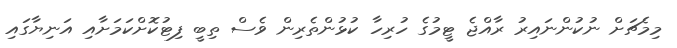
މިމެޗަށް ނުކުންނައިރު ރާއްޖެ ޓީމުގެ ހުރިހާ ކުޅުންތެރިން ވެސް ތިބީ ފިޓުކޮށްކަމަށާއި އަނިޔާގައި